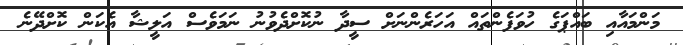
މަންމައާއި ބައްޕަގެ ހުވަފެންތައް އަހަރެންނަށް ސީދާ ނުކޮށްދެވުނު ނަމަވެސް އަލީޝާ އެކަން ކޮށްދޭނެ